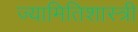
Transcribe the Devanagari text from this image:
ज्यामितिशास्त्री